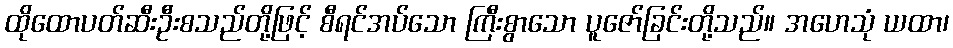
ထိုထောပတ်ဆီးဦးစသည်တို့ဖြင့် စီရင်အပ်သော ကြီးစွာသော ပူဇော်ခြင်းတို့သည်။ အဟေသုံ ယထာ၊